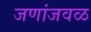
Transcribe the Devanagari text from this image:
जणांजवळ